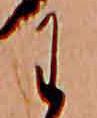
わ